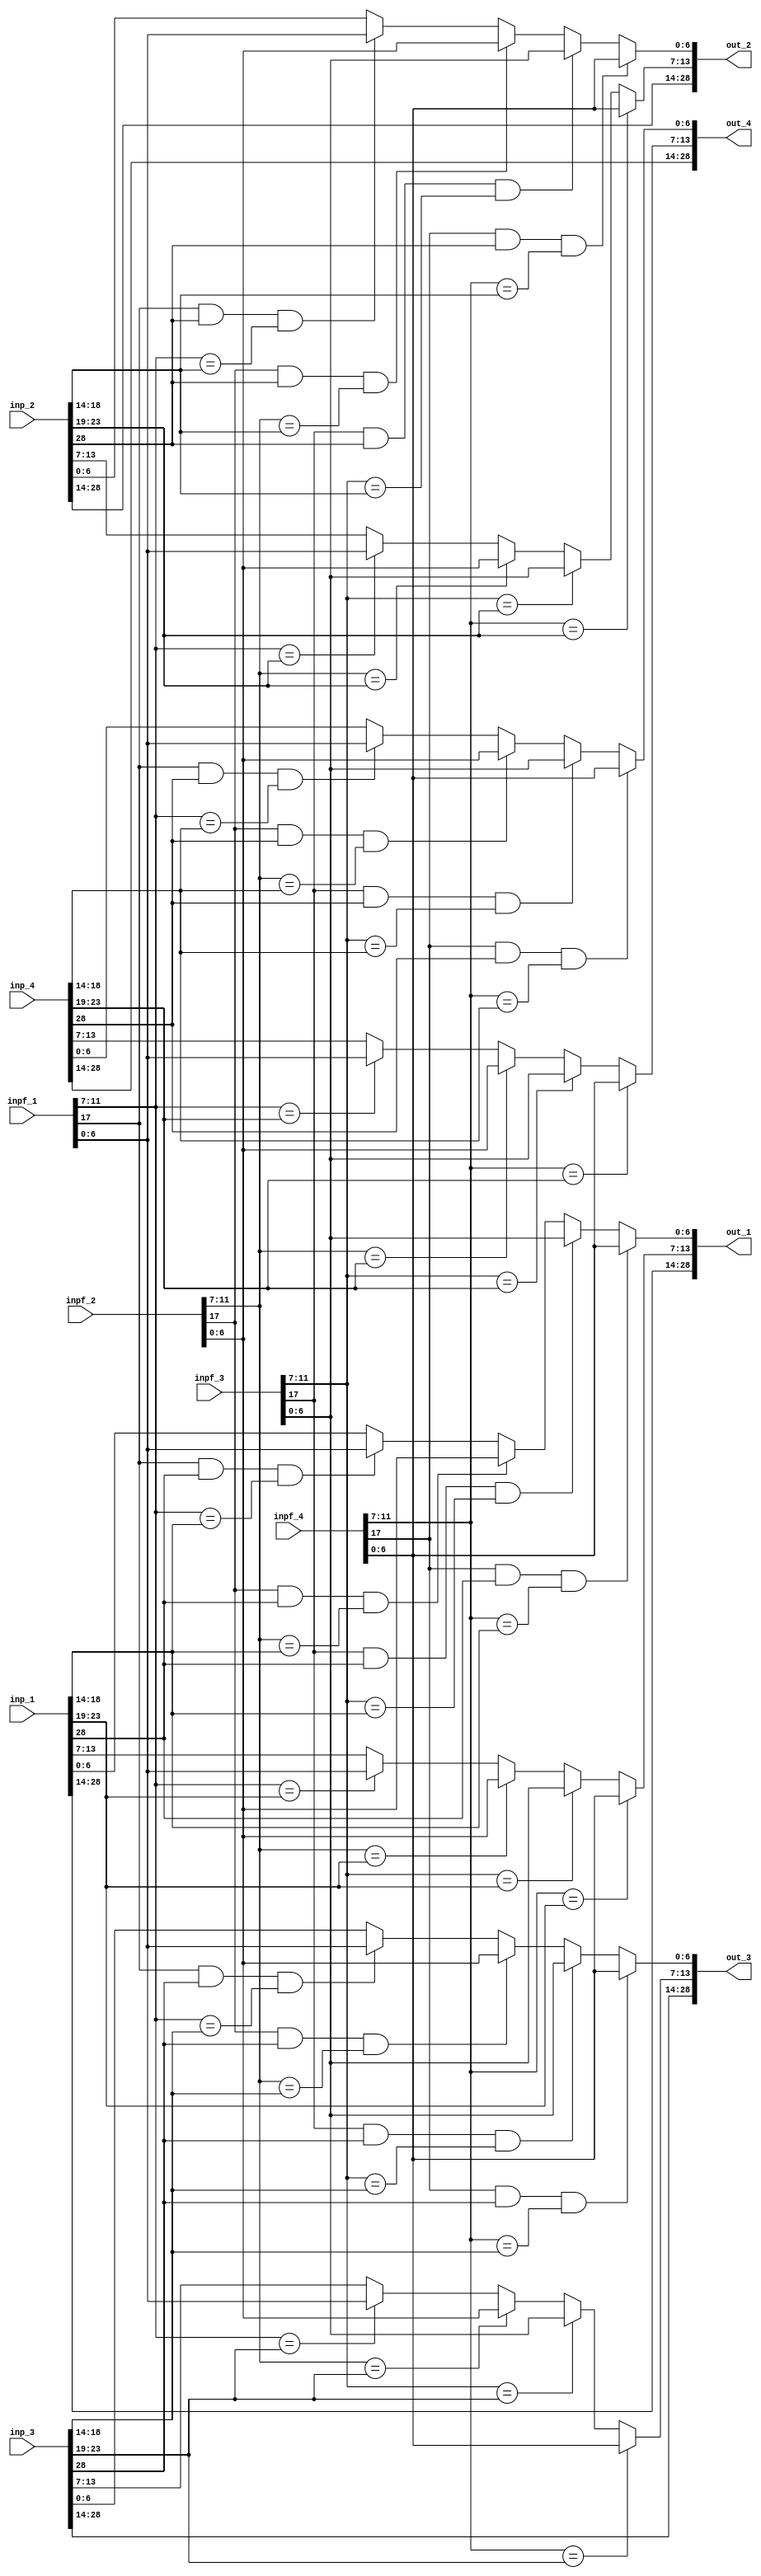
module forwardblock(inp_1,inp_2,inp_3,inp_4,inpf_1,inpf_2,inpf_3,inpf_4, out_1,out_2,out_3,out_4);

  input[28:0] inp_1,inp_2,inp_3,inp_4; // up(1)[28],wij(4)[27:24], i(5)[23:19], j(5)[18:14], wi(7)[13:7], wj(7)[6:0] -- input mem word
  input[17:0] inpf_1,inpf_2,inpf_3,inpf_4; // up(1)[17], i(5)[16:12], j(5)[11:7], wj(7)[6:0]  ---  forwarded mem word
  output reg [28:0] out_1,out_2,out_3,out_4; //up(1),wij(4), i(5), j(5), wi(7), wj(7)
  
  reg [28:0] inp_array[0:3];
  reg [17:0] inpf_array[0:3];
  integer i,j;

  always@(*) begin
	 inp_array[0] = inp_1;
	 inp_array[1] = inp_2;
	 inp_array[2] = inp_3;
	 inp_array[3] = inp_4;
	   
     inpf_array[0] = inpf_1;
	 inpf_array[1] = inpf_2;
	 inpf_array[2] = inpf_3;
     inpf_array[3] = inpf_4;
	 
	 for (i=0; i<=3; i=i+1) begin  // forwarded word
		for(j=0;j<=3; j=j+1) begin // Input word 
		  if((inpf_array[i][17]&& inp_array[j][28]) && (inpf_array[i][11:7] == inp_array[j][18:14])) begin
		     inp_array[j][6:0] = inpf_array[i][6:0]; 
		  end
		  if(inpf_array[i][11:7] == inp_array[j][23:19]) begin
		     inp_array[j][13:7] = inpf_array[i][6:0]; 
		  end
		end
	 end
	out_1 = inp_array[0];
	out_2 = inp_array[1];
	out_3 = inp_array[2];
	out_4 = inp_array[3];	 
  end
endmodule